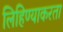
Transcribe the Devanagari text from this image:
लिहिण्याकरता